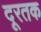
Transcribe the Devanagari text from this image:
दूरतक